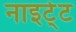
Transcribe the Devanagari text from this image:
नाइटे्ट